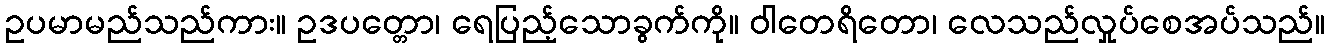
ဥပမာမည်သည်ကား။ ဥဒပတ္တော၊ ရေပြည့်သောခွက်ကို။ ဝါတေရိတော၊ လေသည်လှုပ်စေအပ်သည်။